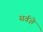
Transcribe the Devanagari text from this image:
सर्वज्ञे